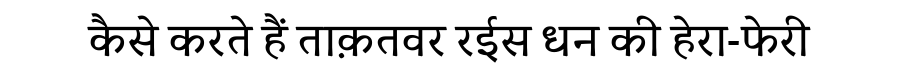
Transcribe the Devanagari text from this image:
कैसे करते हैं ताक़तवर रईस धन की हेरा-फेरी